Annual report on the Civil Veterinary Department, Burma (including the Insein Veterinary School) - 1932-1941
Year: 1932
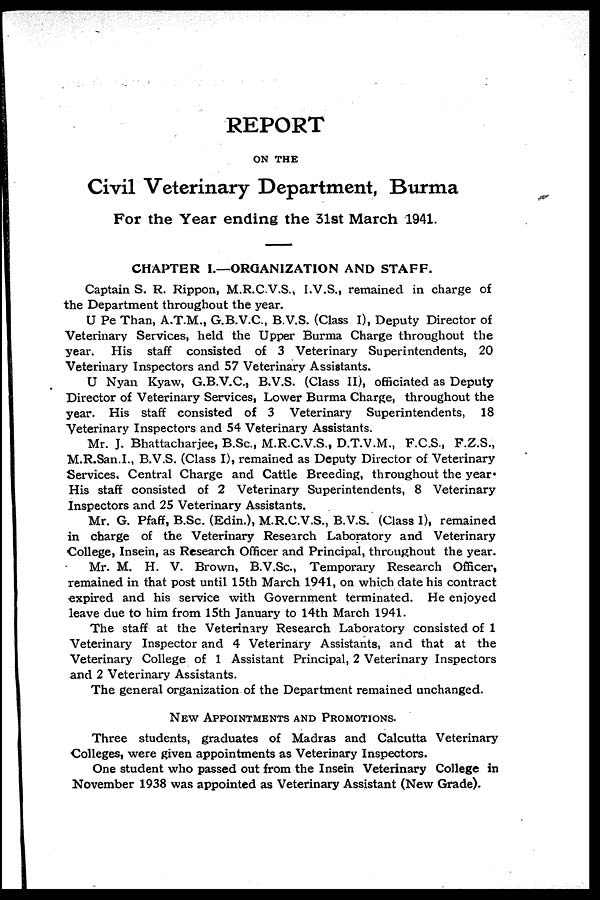
REPORT
ON THE
Civil Veterinary Department, Burma
For the Year ending the 31st March 1941.
CHAPTER I.—ORGANIZATION AND STAFF.
Captain S. R. Rippon, M.R.C.V.S., I.V.S., remained in charge of
the Department throughout the year.
U Pe Than, A.T.M., G.B.V.C., B.V.S. (Class I), Deputy Director of
Veterinary Services, held the Upper Burma Charge throughout the
year. His staff consisted of 3 Veterinary Superintendents, 20
Veterinary Inspectors and 57 Veterinary Assistants.
U Nyan Kyaw, G.B.V.C., B.V.S. (Class II), officiated as Deputy
Director of Veterinary Services, Lower Burma Charge, throughout the
year. His staff consisted of 3 Veterinary Superintendents, 18
Veterinary Inspectors and 54 Veterinary Assistants.
Mr. J. Bhattacharjee, B.Sc., M.R.C.V.S., D.T.V.M., F.C.S., F.Z.S.,
M.R.San.I., B.V.S. (Class I), remained as Deputy Director of Veterinary
Services, Central Charge and Cattle Breeding, throughout the year.
His staff consisted of 2 Veterinary Superintendents, 8 Veterinary
Inspectors and 25 Veterinary Assistants.
Mr. G. Pfaff, B.Sc. (Edin.), M.R.C.V.S., B.V.S. (Class 1), remained
in charge of the Veterinary Research Laboratory and Veterinary
College, Insein, as Research Officer and Principal, throughout the year.
Mr. M. H. V. Brown, B.V.Sc., Temporary Research Officer,
remained in that post until 15th March 1941, on which date his contract
expired and his service with Government terminated. He enjoyed
leave due to him from 15th January to 14th March 1941.
The staff at the Veterinary Research Laboratory consisted of 1
Veterinary Inspector and 4 Veterinary Assistants, and that at the
Veterinary College of 1 Assistant Principal, 2 Veterinary Inspectors
and 2 Veterinary Assistants.
The general organization of the Department remained unchanged.
NEW APPOINTMENTS AND PROMOTIONS.
Three students, graduates of Madras and Calcutta Veterinary
Colleges, were given appointments as Veterinary Inspectors.
One student who passed out from the Insein Veterinary College in
November 1938 was appointed as Veterinary Assistant (New Grade).